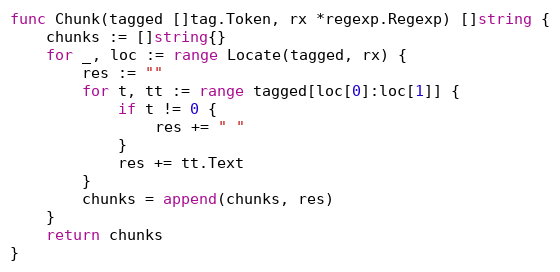
Language: Go
func Chunk(tagged []tag.Token, rx *regexp.Regexp) []string {
	chunks := []string{}
	for _, loc := range Locate(tagged, rx) {
		res := ""
		for t, tt := range tagged[loc[0]:loc[1]] {
			if t != 0 {
				res += " "
			}
			res += tt.Text
		}
		chunks = append(chunks, res)
	}
	return chunks
}